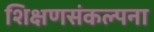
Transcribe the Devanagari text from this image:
शिक्षणसंकल्पना